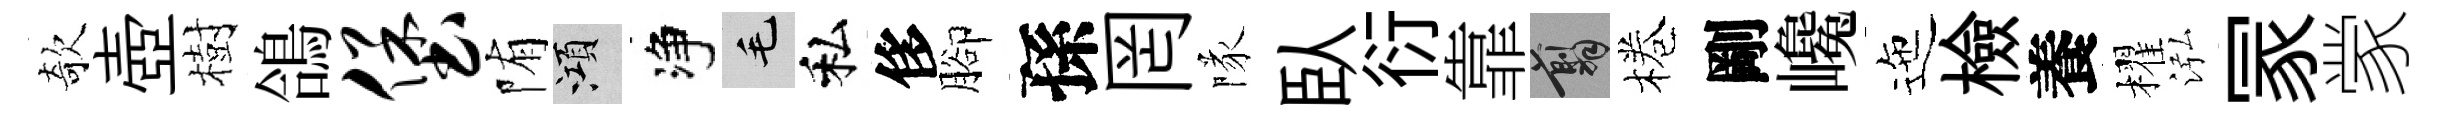
欹壺樹鴿堡陏澒净毛私侈腳孫罔隊臥衍靠翦棬剛巉迤檢養櫂泓冡䝉